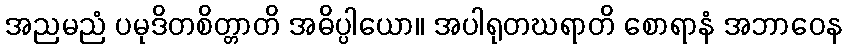
အညမညံ ပမုဒိတစိတ္တာတိ အဓိပ္ပါယော။ အပါရုတဃရာတိ စောရာနံ အဘာဝေန